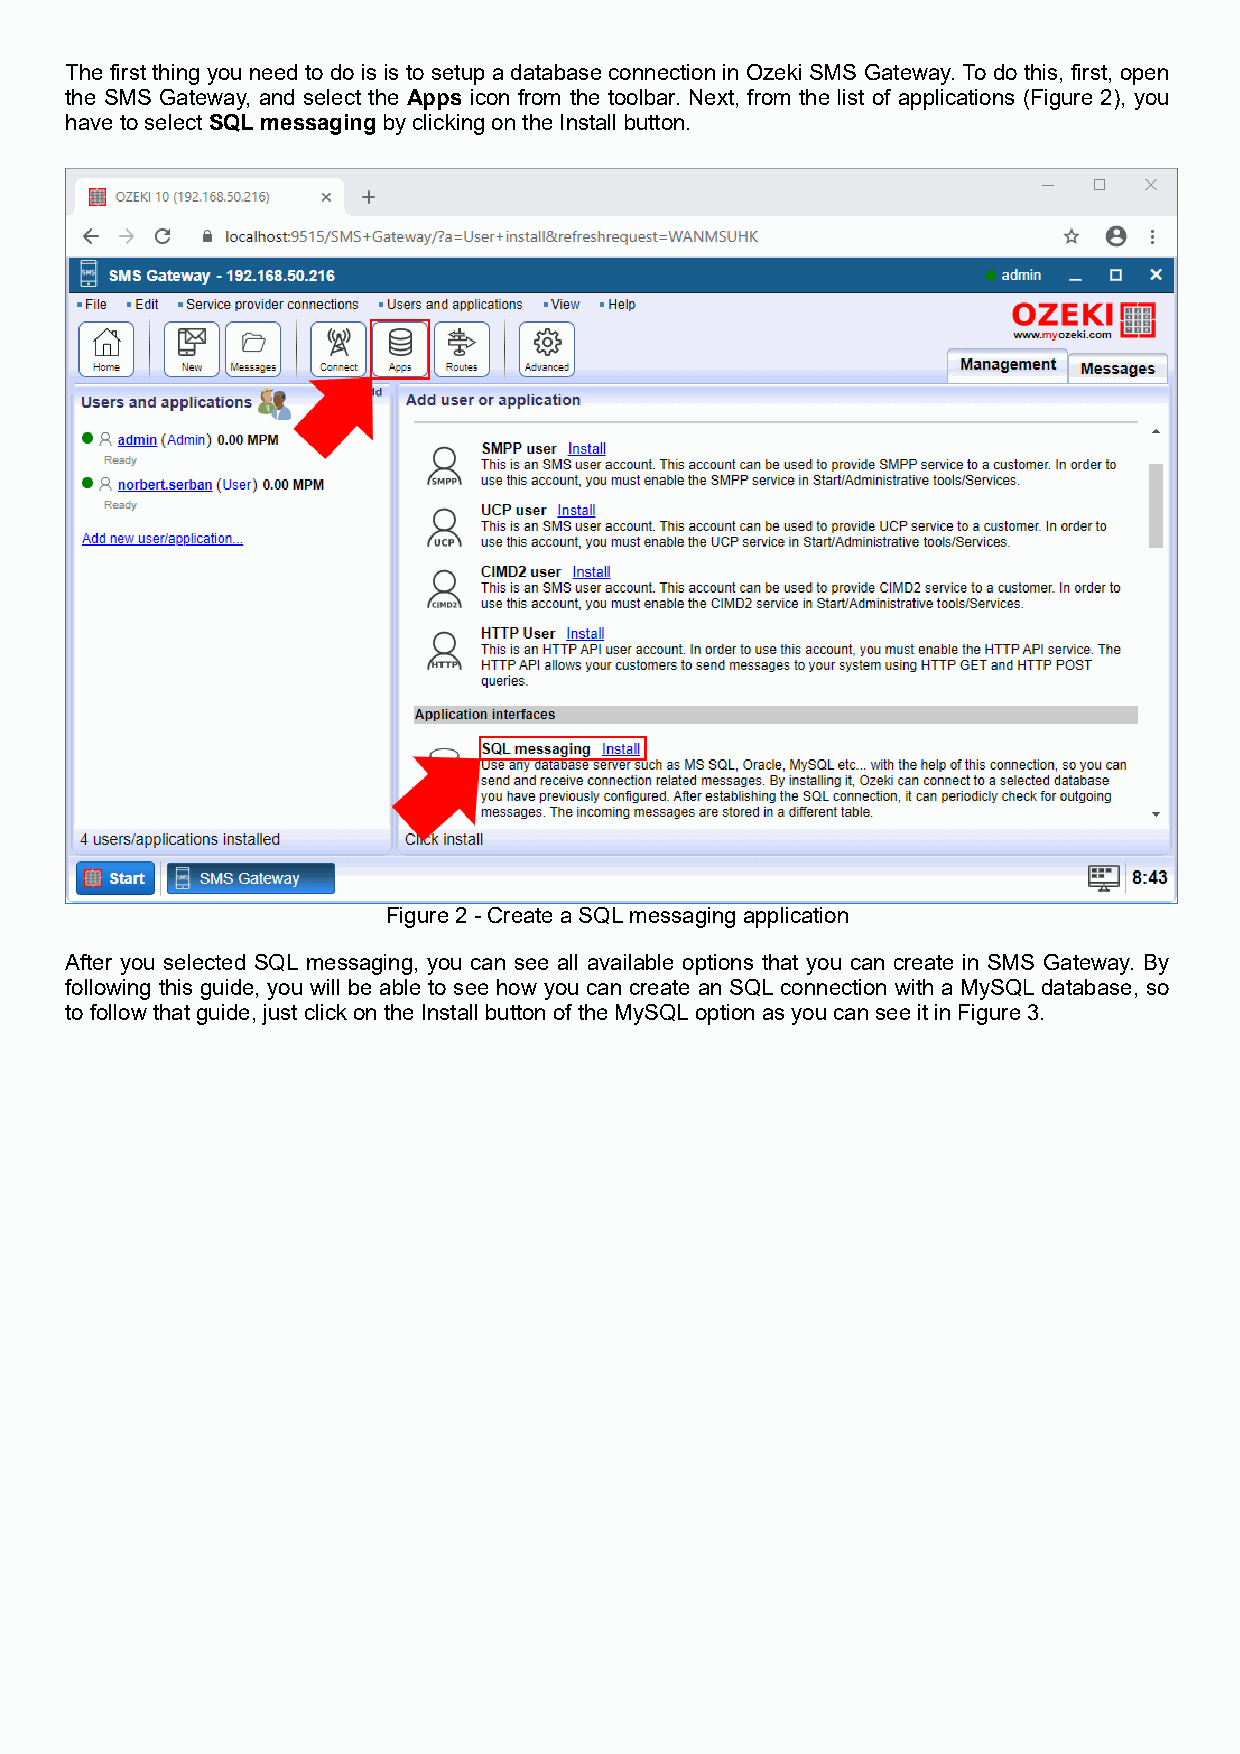
The first thing you need to do is is to setup a database connection in Ozeki SMS Gateway. To do this, first, open
 the SMS Gateway, and select the Apps icon from the toolbar. Next, from the list of applications (Figure 2), you
 have to select SQL messaging by clicking on the Install button.
 Figure 2 - Create a SQL messaging application
 After you selected SQL messaging, you can see all available options that you can create in SMS Gateway. By
 following this guide, you will be able to see how you can create an SQL connection with a MySQL database, so
 to follow that guide, just click on the Install button of the MySQL option as you can see it in Figure 3.